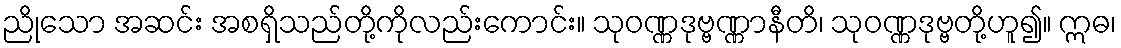
ညိုသော အဆင်း အစရှိသည်တို့ကိုလည်းကောင်း။ သုဝဏ္ဏဒုဗ္ဗဏ္ဏာနီတိ၊ သုဝဏ္ဏဒုဗ္ဗတို့ဟူ၍။ ဣဓ၊